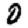
Digit: 0